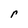
Character: r